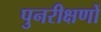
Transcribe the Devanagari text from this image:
पुनरीक्षणों